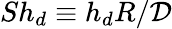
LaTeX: Sh_{d}\equiv{h_{d}R/{\cal D}}